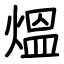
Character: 熅